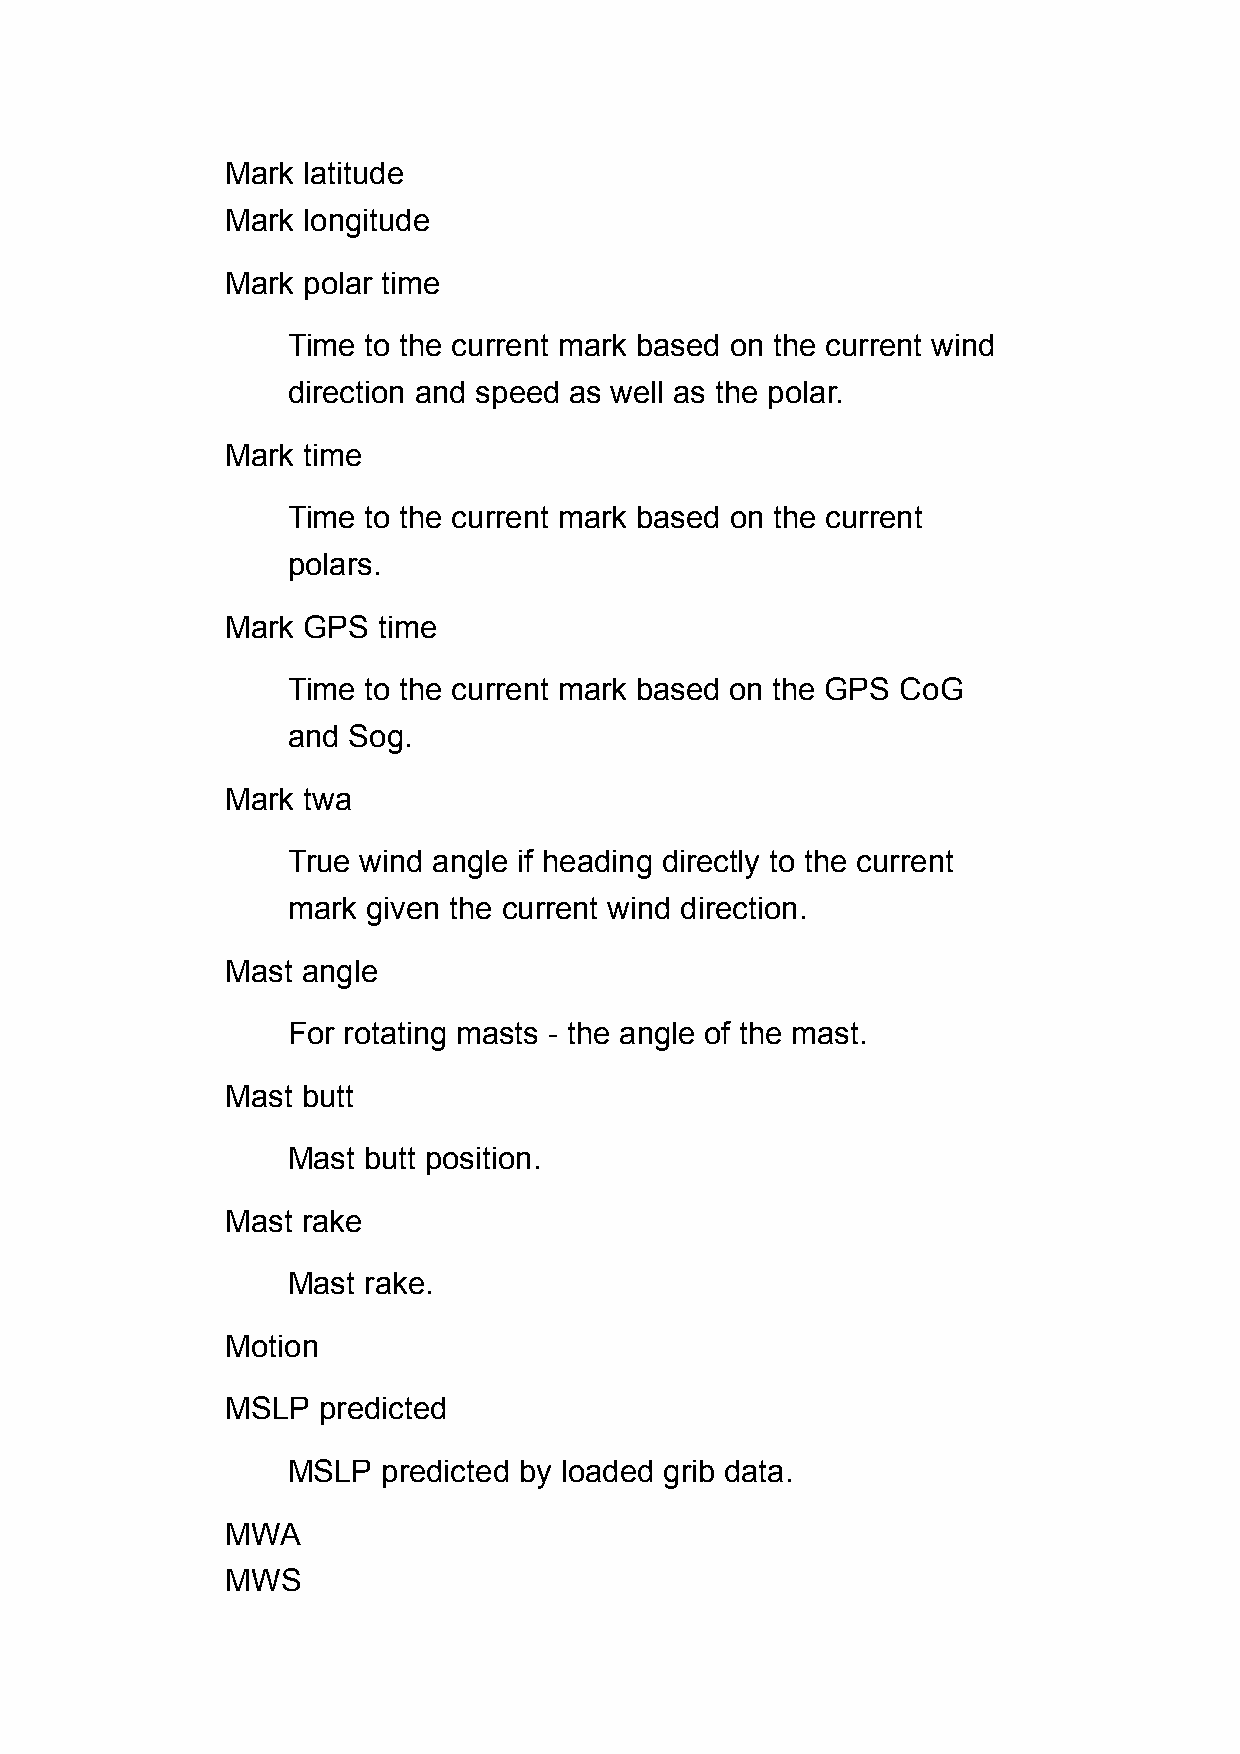
Mark latitude
 Mark longitude
 Mark polar time
 Time to the current mark based on the current wind
 direction and speed as well as the polar.
 Mark time
 Time to the current mark based on the current
 polars.
 Mark GPS  time
 Time to the current mark based on the GPS CoG
 and Sog.
 Mark twa
 True wind angle if heading directly to the current
 mark given the current wind direction.
 Mast angle
 For rotating masts - the angle of the mast.
 Mast butt
 Mast butt position.
 Mast rake
 Mast rake.
 Motion
 MSLP  predicted
 MSLP  predicted by loaded grib data.
 MWA
 MWS